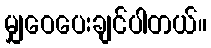
မျှဝေပေးချင်ပါတယ်။